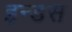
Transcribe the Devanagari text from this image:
इन्‍डस